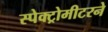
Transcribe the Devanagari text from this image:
स्पेक्ट्रोमीटरने